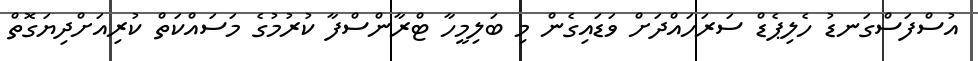
އުސްފަސްގަނޑު ހެލިޕެޑް ސަރަހައްދަށް ވަޑައިގެން މި ބަލިމީހާ ޓްރާންސްފާ ކުރުމުގެ މަސައްކަތް ކުރިއަށްދިޔަގޮތް